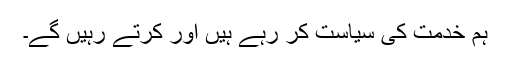
ہم خدمت کی سیاست کر رہے ہیں اور کرتے رہیں گے۔